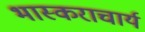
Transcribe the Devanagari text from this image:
भास्‍कराचार्य